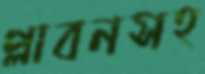
প্লাবনসহ